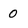
Character: 0